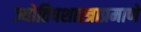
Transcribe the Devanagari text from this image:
ज्योतिषशास्त्राप्रमाणे